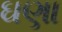
ઘણા